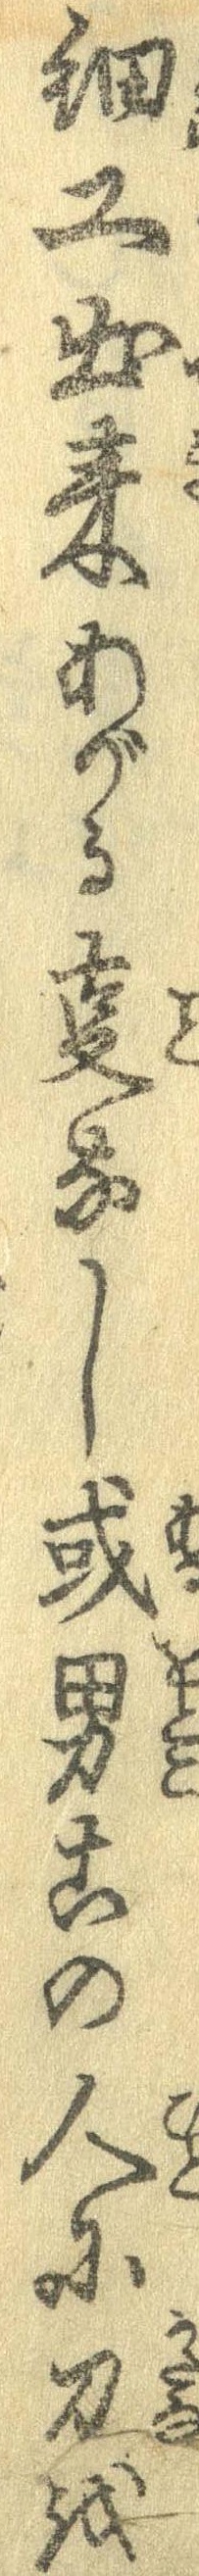
細工出来あがる事なし或男この人に刀を